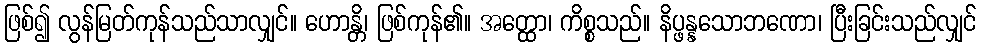
ဖြစ်၍ လွန်မြတ်ကုန်သည်သာလျှင်။ ဟောန္တိ၊ ဖြစ်ကုန်၏။ အတ္ထော၊ ကိစ္စသည်။ နိပ္ဖန္နသောဘဏော၊ ပြီးခြင်းသည်လျှင်